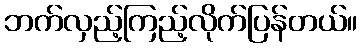
ဘက်လှည့်ကြည့်လိုက်ပြန်တယ်။